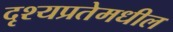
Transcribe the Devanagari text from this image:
दृश्यप्रतेमधील